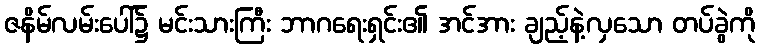
ဇနိမ်လမ်းပေါ်၌ မင်းသားကြီး ဘာဂရေးရှင်း၏ အင်အား ချည့်နဲ့လှသော တပ်ခွဲကို